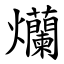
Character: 爤